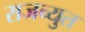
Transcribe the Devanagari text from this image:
राजच्युत